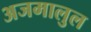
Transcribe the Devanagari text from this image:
अजमालुल